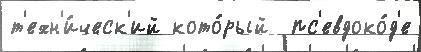
т'ехн'и́ческ'ий кото́рый  пс'евдоко́д'е